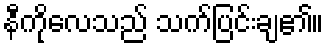
နီကိုလေသည် သက်ပြင်းချ၏။